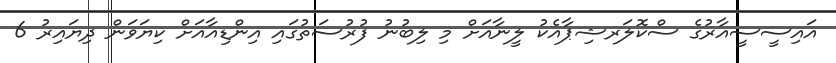
އައިސީސީއާރުގެ ސްކޮލަރޝިޕާއެކު ލީނާއަށް މި ލިބުނު ފުރުސަތުގައި އިންޑިއާއަށް ކިޔަވަން ދިޔައިރު 6